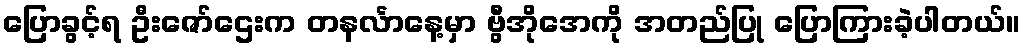
ပြောခွင့်ရ ဦးဇော်ဌေးက တနင်္လာနေ့မှာ ဗွီအိုအေကို အတည်ပြု ပြောကြားခဲ့ပါတယ်။